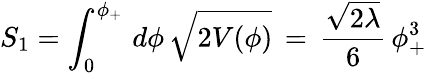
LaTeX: S_{1}=\int_{0}^{\phi_{+}}\, d\phi\, \sqrt{2V(\phi)}\, =\, \frac{\sqrt{2\lambda}}{6}\, \phi_{+}^{3}